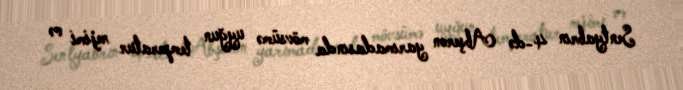
Sentyabrın 4-də Abşeron yarımadasında mövsümə uyğun temperatur rejimi və